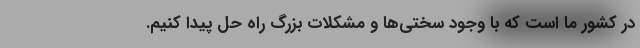
در کشور ما است که با وجود سختی‌ها و مشکلات بزرگ راه حل پیدا کنیم.